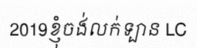
2019ខ្ញុំចង់លក់ទ្បាន LC